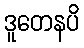
ဒူတေနပိ